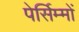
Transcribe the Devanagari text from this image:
पेर्सिम्मों